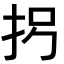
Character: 𪭦